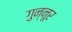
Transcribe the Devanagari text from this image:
गुन्नूर